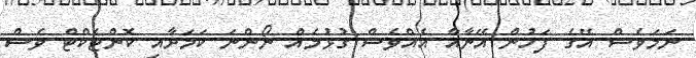
ނަމަވެސް އޭގެ ފަހުން އޭނާއާ އެއްވެސް ގުޅުމެއް ނޯންނަ ކަމަށާއި ކޮންޓެކްޓް ވެސް